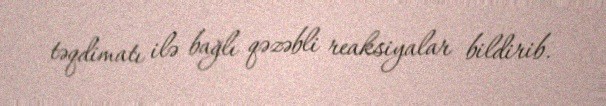
təqdimatı ilə bağlı qəzəbli reaksiyalar bildirib.